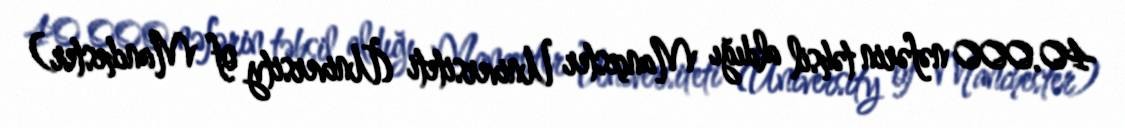
40.000 nəfərin təhsil aldığı Mançester Universiteti (University of Manchester)